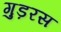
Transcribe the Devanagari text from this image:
गुड़रस